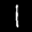
Label: 1